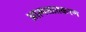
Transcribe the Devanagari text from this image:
आत्मसातकरण